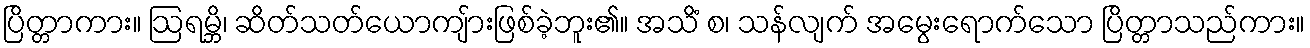
ပြိတ္တာကား။ ဩရမ္ဘိ၊ ဆိတ်သတ်ယောကျ်ားဖြစ်ခဲ့ဘူး၏။ အသိံ စ၊ သန်လျက် အမွေးရောက်သော ပြိတ္တာသည်ကား။